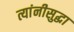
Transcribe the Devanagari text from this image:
त्यांनीसुद्धा